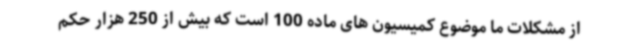
از مشکلات ما موضوع کمیسیون های ماده 100 است که بیش از 250 هزار حکم